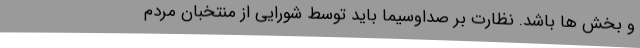
و بخش ها باشد. نظارت بر صداوسیما باید توسط شورایی از منتخبان مردم